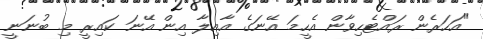
"އަހަރެން ރައްޓެހިވާން އެހީމަ އޭނަގެ އާއިލާ އިން އޭނަ ކައިރީ މި ބުނަނީ